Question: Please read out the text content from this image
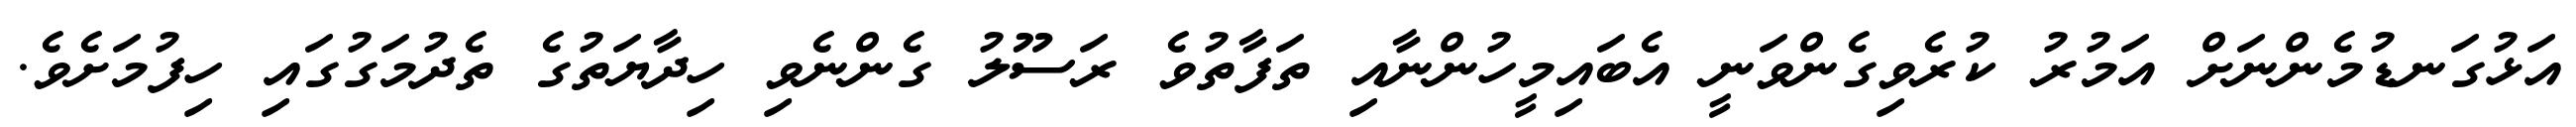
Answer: އަޅުގަނޑުމެންނަށް އަމުރު ކުރެވިގެންވަނީ އެބައިމީހުންނާއި ތަފާތުވެ ރަސޫލު ގެންނެވި ހިދާޔަތުގެ ތެދުމަގުގައި ހިފުމަށެވެ.